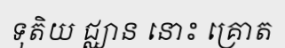
ទុតិយ ជ្ឈាន នោះ គ្រោត